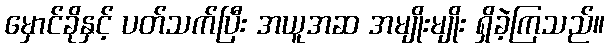
မှောင်ခိုနှင့် ပတ်သက်ပြီး အယူအဆ အမျိုးမျိုး ရှိခဲ့ကြသည်။